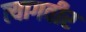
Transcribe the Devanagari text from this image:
त्यागवीर